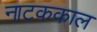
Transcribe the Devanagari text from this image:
नाटककाल